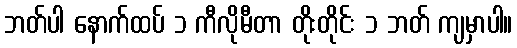
ဘတ်ပါ နောက်ထပ် ၁ ကီလိုမီတာ တိုးတိုင်း ၁ ဘတ် ကျမှာပါ။